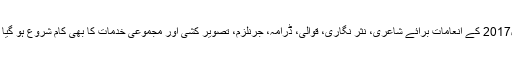
سال2017 کے انعامات برائے شاعری، نثر نگاری، قوالی، ڈرامہ، جرنلزم، تصویر کشی اور مجموعی خدمات کا بھی کام شروع ہو گیا ہے۔